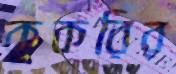
কুকরির